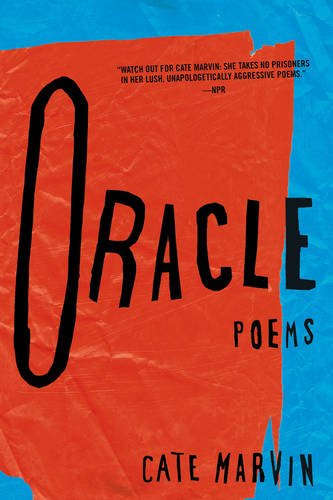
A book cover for Oracle: Poems; Cate Marvin; Literature & Fiction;